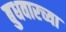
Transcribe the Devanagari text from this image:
बुधवारच्या